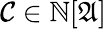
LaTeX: {\mathcal{C}}\in\mathbb{N}[{\mathfrak{A}}]